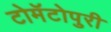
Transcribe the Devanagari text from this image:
टोमॅटोपुरी